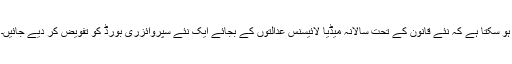
ہو سکتا ہے کہ نئے قانون کے تحت سالانہ میڈیا لائیسنس عدالتوں کے بجائے ایک نئے سپروائزری بورڈ کو تفویض کر دیے جائیں۔